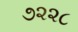
૭૨૨૮